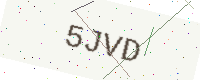
Text: 5JVD